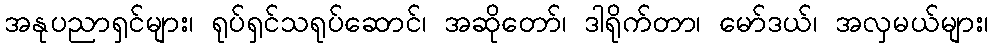
အနုပညာရှင်များ၊ ရုပ်ရှင်သရုပ်ဆောင်၊ အဆိုတော်၊ ဒါရိုက်တာ၊ မော်ဒယ်၊ အလှမယ်များ၊